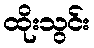
ထိုးသွင်း